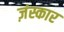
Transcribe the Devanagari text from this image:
ज़ंस्कार